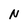
Character: N